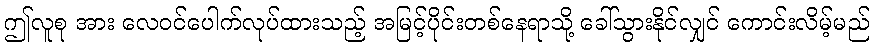
ဤလူစု အား လေဝင်ပေါက်လုပ်ထားသည့် အမြင့်ပိုင်းတစ်နေရာသို့ ခေါ်သွားနိုင်လျှင် ကောင်းလိမ့်မည်